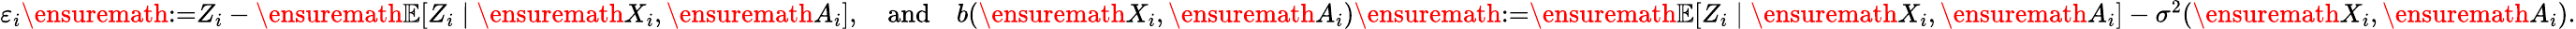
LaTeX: \begin{array}{r}{\varepsilon_{i}\ensuremath{:=}Z_{i}-\ensuremath{{\mathbb{E}}}[Z_{i}\mid\ensuremath{X}_{i},\ensuremath{A}_{i}],\quad\mathrm{and}\quad b(\ensuremath{X}_{i},\ensuremath{A}_{i})\ensuremath{:=}\ensuremath{{\mathbb{E}}}[Z_{i}\mid\ensuremath{X}_{i},\ensuremath{A}_{i}]-\sigma^{2}(\ensuremath{X}_{i},\ensuremath{A}_{i}).}\end{array}